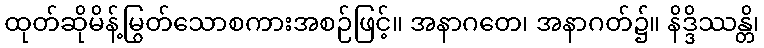
ထုတ်ဆိုမိန့်မြွတ်သောစကားအစဉ်ဖြင့်။ အနာဂတေ၊ အနာဂတ်၌။ နိဒ္ဒိဿန္တိ၊